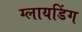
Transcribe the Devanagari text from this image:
ग्लायडिंग